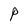
Character: P